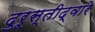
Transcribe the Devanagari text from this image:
दुरूस्तीद्वारे